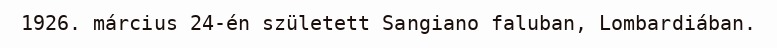
1926. március 24-én született Sangiano faluban, Lombardiában.